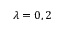
\lambda = 0 , 2